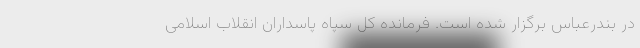
در بندرعباس برگزار شده است. فرمانده کل سپاه پاسداران انقلاب اسلامی